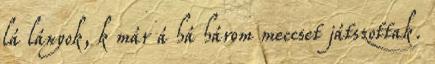
lá lányok, k már á há három meccset játszottak.